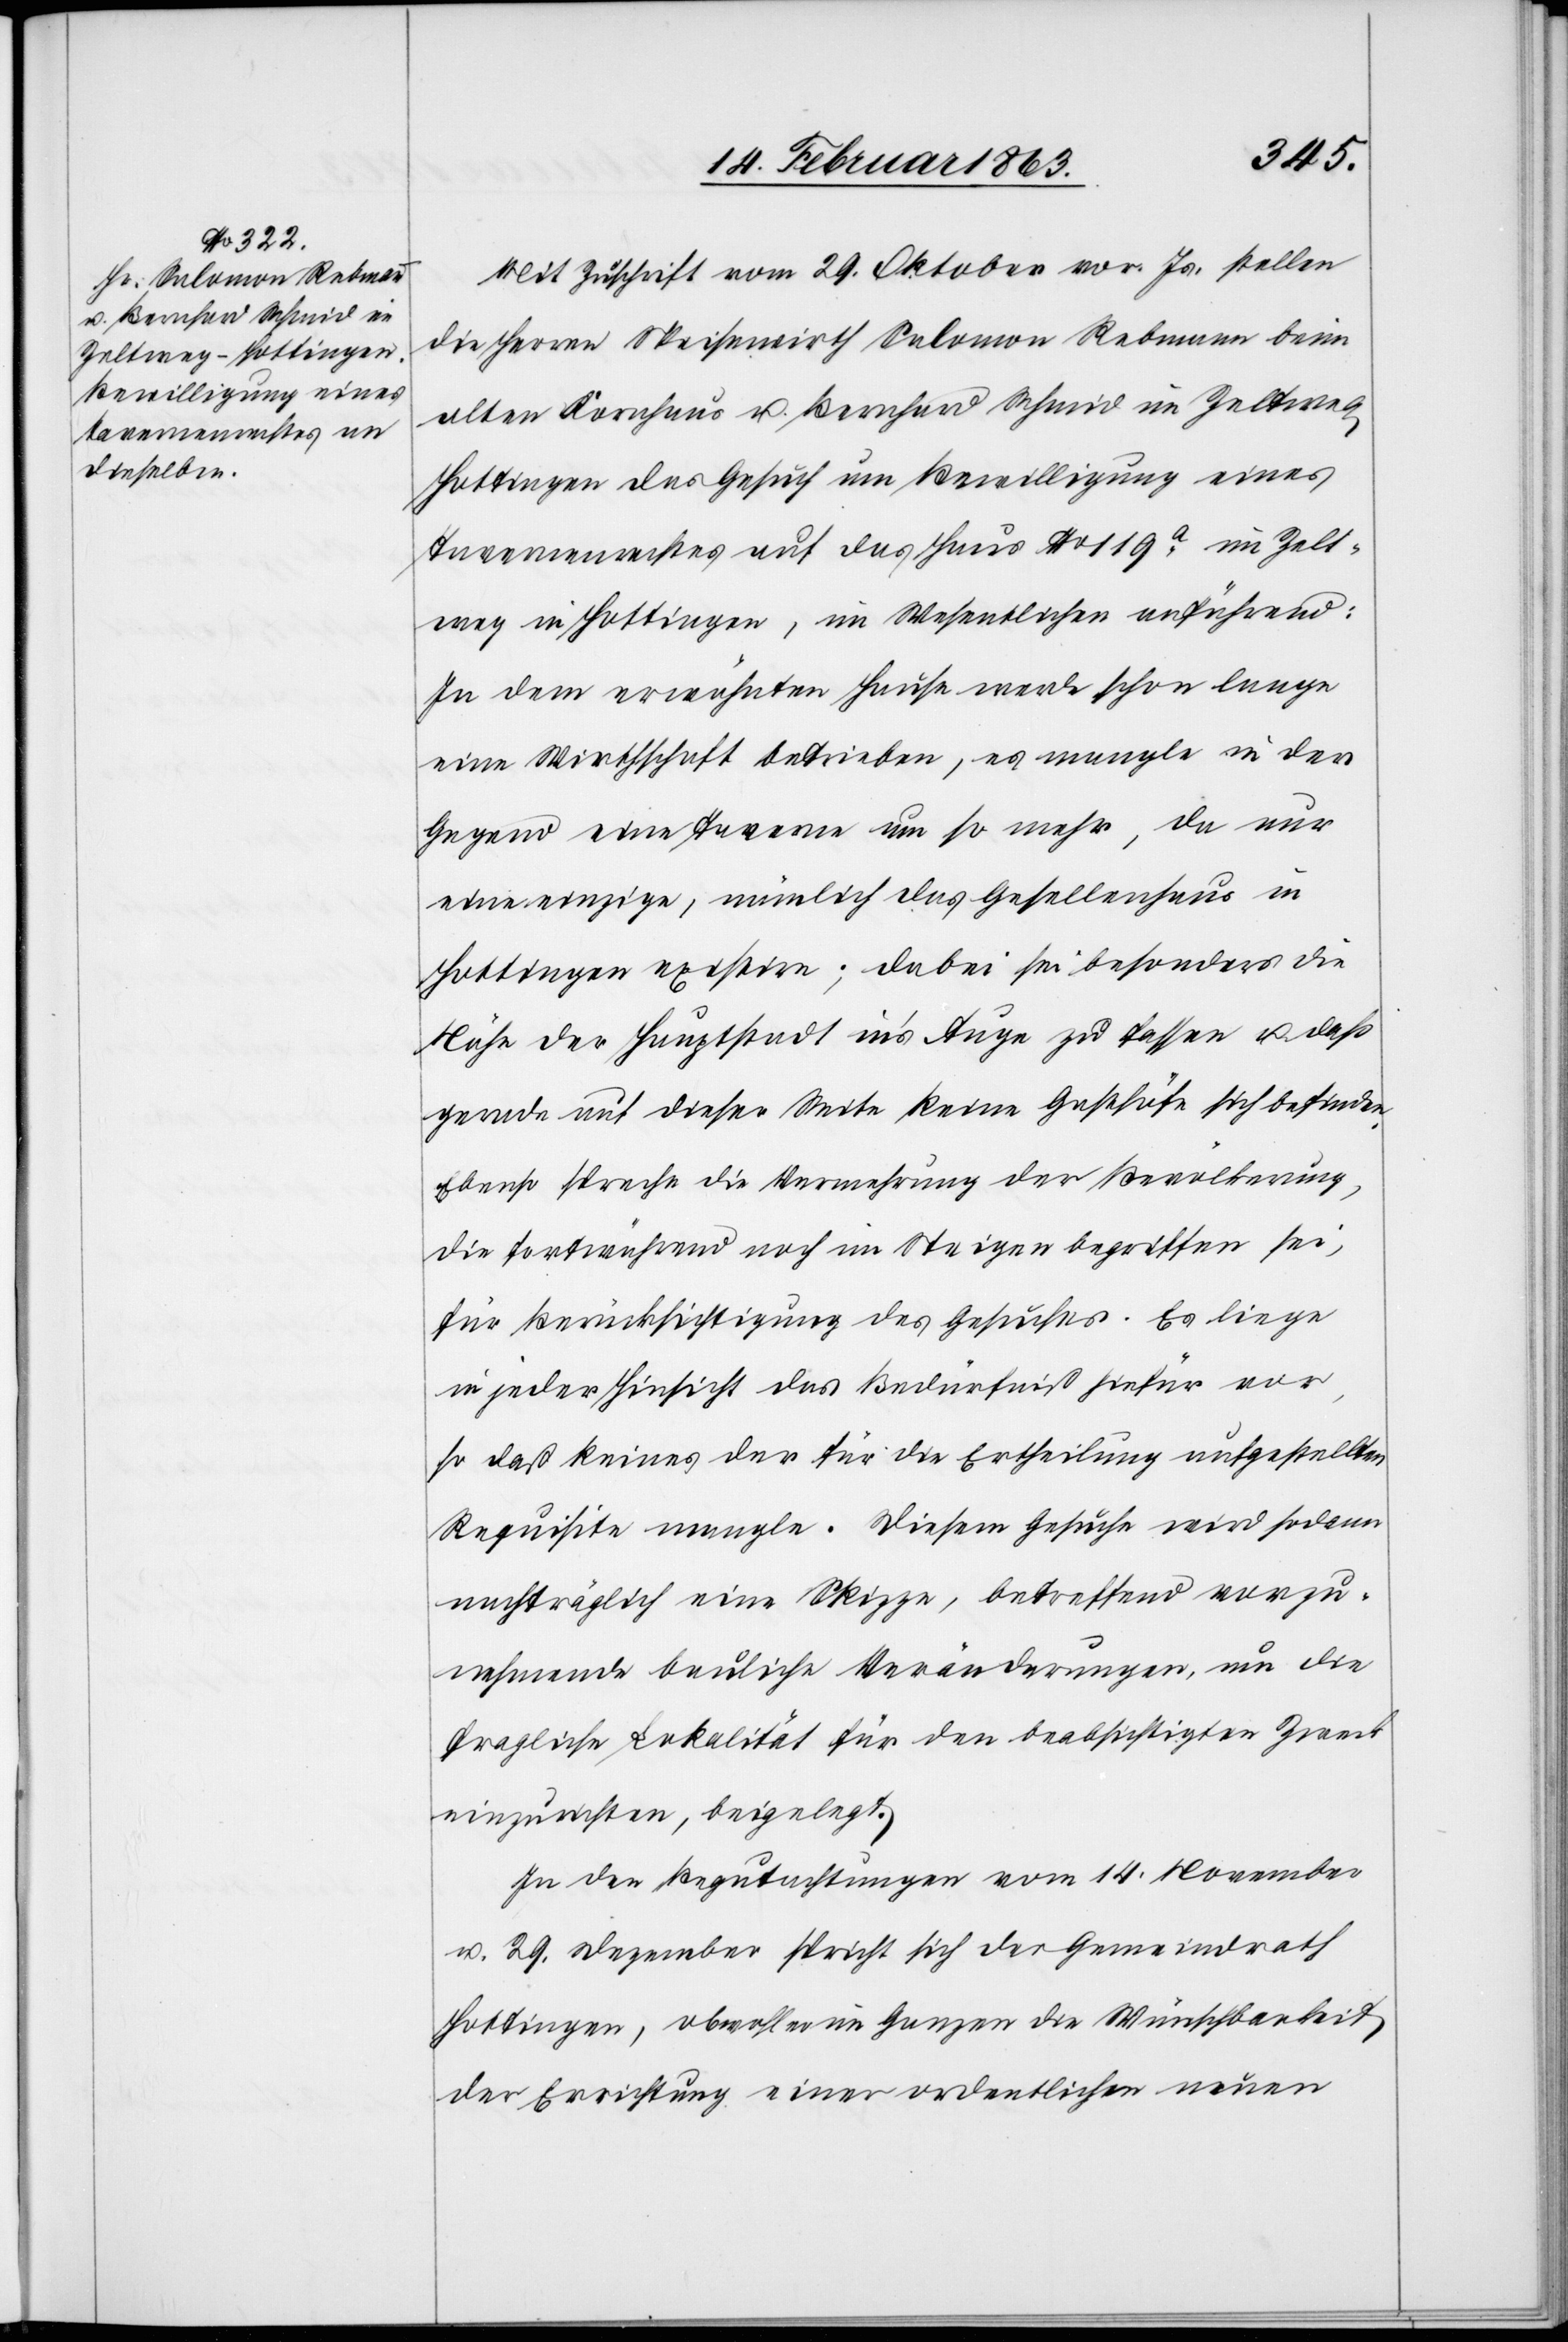
Mit Zuschrift vom 29. Oktober vor. Js. stellen
die Herren Speisewirth Salomon Rebmann beim
alten Kornhaus u. Bernhard Schmid im Zeltweg
Hottingen das Gesuch um Bewilligung eines
Tavernenrechtes auf das Haus No 119a im Zelt¬
weg in Hottingen, im Wesentlichen anführend:
In dem erwähnten Hause werde schon lange
eine Wirthschaft betrieben, es mangle in der
Gegend eine Taverne um so mehr, da nur
eine einzige, nämlich das Gesellenhaus in
Hottingen existire; dabei sei besonders die
Nähe der Hauptstadt in's Auge zu fassen u. daß
gerade auf dieser Seite keine Gasthöfe sich befinden.
Ebenso spreche die Vermehrung der Bevölkerung,
die fortwährend noch im Steigen begriffen sei,
für Berücksichtigung des Gesuches. Es liege
in jeder Hinsicht das Bedürfniß hiefür vor,
so daß keines der für die Ertheilung aufgestellten
Requisite mangle. Diesem Gesuche wird sodann
nachträglich eine Skizze, betreffend vorzu¬
nehmende bauliche Veränderungen, um die
fragliche Lokalität für den beabsichtigten Zweck
einzurichten, beigelegt.
In den Begutachtungen vom 14. November
u. 29. Dezember spricht sich der Gemeindrath
Hottingen, obwohl er im Ganzen die Wünschbarkeit
der Errichtung einer ordentlichen neuen